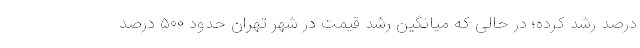
درصد رشد کرده؛ در حالی که میانگین رشد قیمت در شهر تهران حدود ۵۰۰ درصد